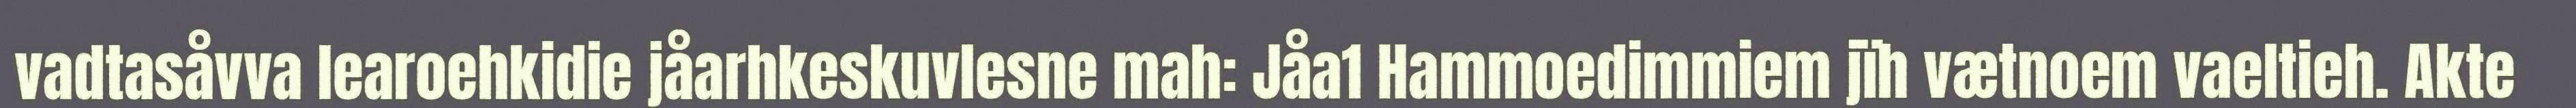
vadtasåvva learoehkidie jåarhkeskuvlesne mah: Jåa1 Hammoedimmiem jïh vætnoem vaeltieh. Akte